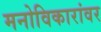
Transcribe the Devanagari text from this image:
मनोविकारांवर